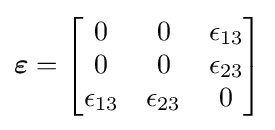
{\boldsymbol {\varepsilon }}={\begin{bmatrix}0&0&\epsilon _{13}\\0&0&\epsilon _{23}\\\epsilon _{13}&\epsilon _{23}&0\end{bmatrix}}